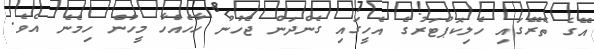
އޭގެ ތެރޭގައި ހެލިކޮޕްޓަރުގެ އެހީގައި ގެންދަން ޖެހުނު ހާހެއްހާ މީހުން ހިމެނެ އެވެ.